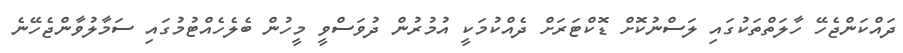
ދައްކަންޖެހޭ ހާލަތްތަކުގައި ލަސްނުކޮށް ޑޮކްޓަރަށް ދެއްކުމަކީ އުމުރުން ދުވަސްވީ މީހުން ބެލެހެއްޓުމުގައި ސަމާލުވާންޖެހޭނެ